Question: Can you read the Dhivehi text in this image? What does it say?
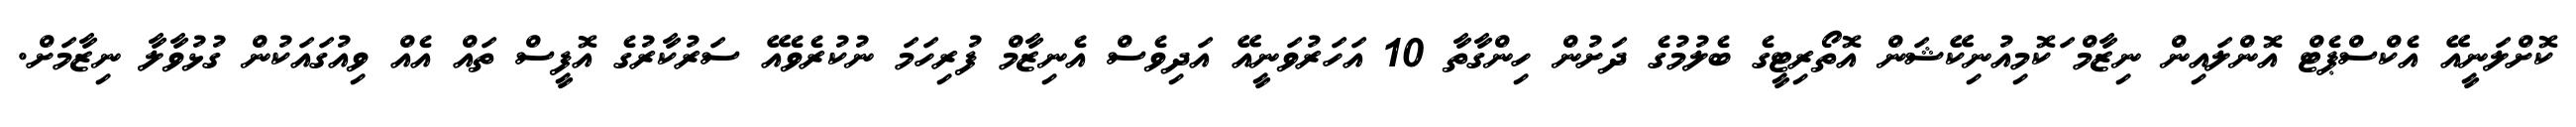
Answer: ކޮށްލަނީއޭ އެކްސްޕެޓް އޮންލައިން ނިޒާމް ަކޮމިއުނިކޭޝަން އޮތޯރިޓީގެ ބެލުމުގެ ދަށުން ހިންގާތާ 10 އަހަރުވަނީއޭ އަދިވެސް އެނިޒާމް ފުރިހަމަ ނުކުރެވެއޭ ސަރުކާރުގެ އޮފީސް ތައް އެއް ވިއުގައަކުން ގުޅުވާލާ ނިޒާމަށް.